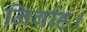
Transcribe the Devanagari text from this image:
निर्वाह।